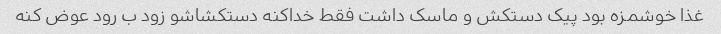
غذا خوشمزه بود پیک دستکش و ماسک داشت فقط خداکنه دستکشاشو زود ب رود عوض کنه